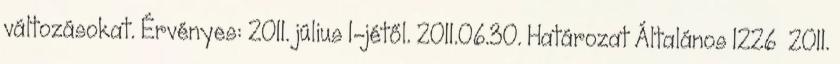
változásokat. Érvényes: 2011. július 1-jétől. 2011.06.30. Határozat Általános 1226 2011.